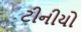
ટીનીયો